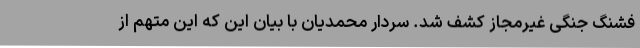
فشنگ جنگی غیرمجاز کشف شد. سردار محمدیان با بیان این که این متهم از